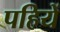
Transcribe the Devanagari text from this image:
पहियें